画像に写った文字を読んでください
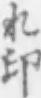
「れ印」と書いてあります